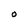
Character: 0